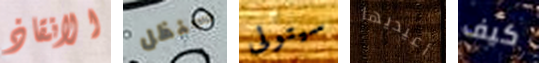
الانقاذ سنظل سيتولى أعيديها كيف